Plague in India, 1896, 1897 - Volume 3
Year: 1896
Disease focus: Plague
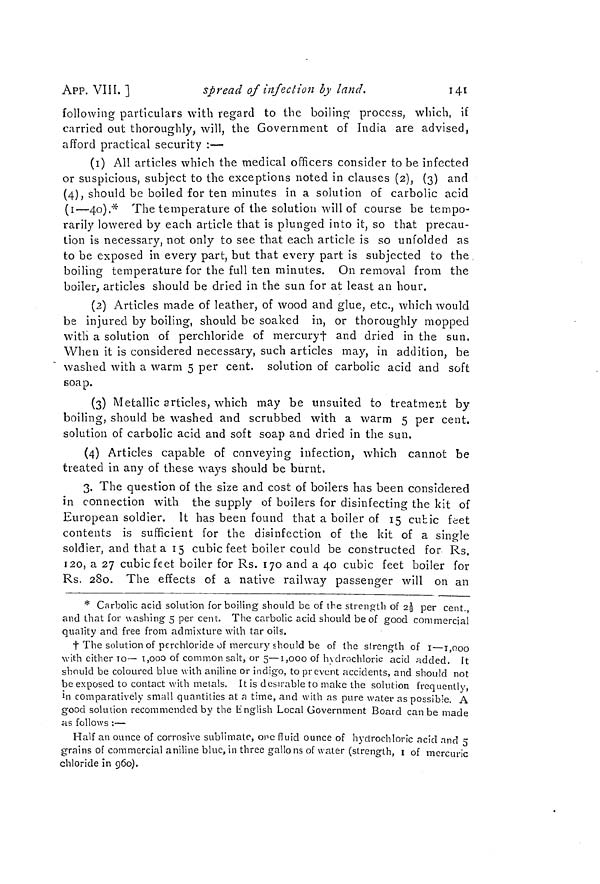
141
APP. VIII. ]
spread of infection by land.
following particulars with regard to the boiling process, which, if
carried out thoroughly, will, the Government of India are advised,
afford practical security :—
(1) All articles which the medical officers consider to be infected
or suspicious, subject to the exceptions noted in clauses (2), (3) and
(4), should be boiled for ten minutes in a solution of carbolic acid
(1—40).* The temperature of the solution will of course be tempo-
rarily lowered by each article that is plunged into it, so that precau-
tion is necessary, not only to see that each article is so unfolded as
to be exposed in every part, but that every part is subjected to the
boiling temperature for the full ten minutes. On removal from the
boiler, articles should be dried in the sun for at least an hour.
(2) Articles made of leather, of wood and glue, etc., which would
be injured by boiling, should be soaked in, or thoroughly mopped
with a solution of perchloride of mercury† and dried in the sun.
When it is considered necessary, such articles may, in addition, be
washed with a warm 5 per cent, solution of carbolic acid and soft
soap.
(3) Metallic articles, which may be unsuited to treatment by
boiling, should be washed and scrubbed with a warm 5 per cent,
solution of carbolic acid and soft soap and dried in the sun.
(4) Articles capable of conveying infection, which cannot be
treated in any of these ways should be burnt.
3. The question of the size and cost of boilers has been considered
in connection with the supply of boilers for disinfecting the kit of
European soldier. It has been found that a boiler of 15 cubic feet
contents is sufficient for the disinfection of the kit of a single
soldier, and that a 15 cubic feet boiler could be constructed for Rs.
120, a 27 cubic feet boiler for Rs. 170 and a 40 cubic feet boiler for
Rs. 280. The effects of a native railway passenger will on an
* Carbolic acid solution for boiling should be of the strength of 2 1/2 per cent.,
and that for washing 5 per cent. The carbolic acid should be of good commercial
quality and free from admixture with tar oils.
† The solution of perchloride of mercury should be of the strength of 1 —1,000
with either 10— 1,000 of common salt, or 5—1,000 of hydrochloric acid added. It
should be coloured blue with aniline or indigo, to prevent accidents, and should not
be exposed to contact with metals. It is desirable to make the solution frequently,
in comparatively small quantities at a time, and with as pure water as possible. A
good solution recommended by the English Local Government Board can be made
as follows :—
Half an ounce of corrosive sublimate, one fluid ounce of hydrochloric acicl and 5
grains of commercial aniline blue, in three gallons of water (strength, 1 of mercuric
chloride in 960).